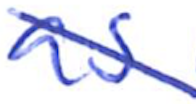
Text: as
Cross-out: diagonal
Writing tool: ballpoint